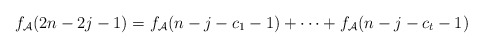
\begin{align*}f_{\mathcal{A}}(2n-2j-1)=f_{\mathcal{A}}(n-j-c_1-1)+\cdots+f_{\mathcal{A}}(n-j-c_t-1)\end{align*}